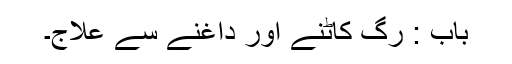
باب : رگ کاٹنے اور داغنے سے علاج۔